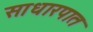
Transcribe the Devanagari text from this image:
साधारपात